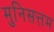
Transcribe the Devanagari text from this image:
मुनिसत्तम